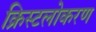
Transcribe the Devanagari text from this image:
क्रिस्टलोकरण